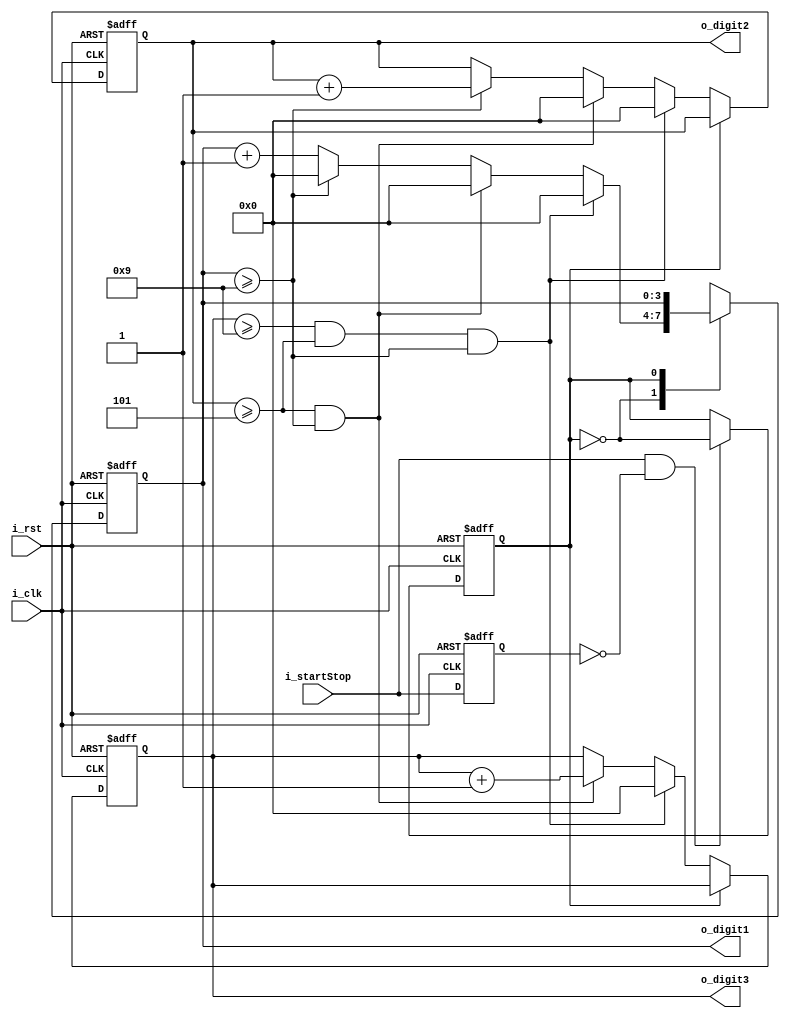
`timescale 1ns / 1ps

module timer(input i_clk,
				 input i_rst,
				 input i_startStop,
				 output [3:0] o_digit1,
				 output [3:0] o_digit2,
				 output [3:0] o_digit3);
	
	localparam START = 1'b0;
	localparam STOP  = 1'b1;

	reg r_startStopPrev;
	reg r_currentState;
	reg [3:0] r_counter1;
	reg [3:0] r_counter2;
	reg [3:0] r_counter3;

	assign o_digit1 = r_counter1;
	assign o_digit2 = r_counter2;
	assign o_digit3 = r_counter3;
	
	always @(posedge i_clk or negedge i_rst) 
	begin
		if(!i_rst)begin
			r_currentState	 <= 0;
			r_startStopPrev <= 1;
		end
		else begin
			r_startStopPrev <= i_startStop;
			if(i_startStop && !r_startStopPrev) r_currentState <=  ~r_currentState;
		end
	end
	
	always @(posedge i_clk or negedge i_rst)
	begin
		if(!i_rst)begin
			r_counter1 <= 4'b0000;
			r_counter2 <= 4'b0000;
			r_counter3 <= 4'b0000;
		end
		else begin
			case(r_currentState)
			START : begin
					  r_counter1 <= r_counter1 + 1;
						if(r_counter3 >= 4'b1001 && r_counter2 >= 4'b0101 && r_counter1 >= 4'b1001)begin
							r_counter1 <= 4'b0000;
							r_counter2 <= 4'b0000;
							r_counter3 <= 4'b0000;
						end	 
						
						else if(r_counter2 >= 4'b0101 && r_counter1 >= 4'b1001)begin
							r_counter1 <= 4'b0000;
							r_counter2 <= 4'b0000;
							r_counter3 <= r_counter3 + 1;
						end
							
						else if(r_counter1 >= 4'b1001)begin
							r_counter1 <= 4'b0000;
							r_counter2 <= r_counter2 + 1;
						end
						end
			STOP : begin
					 r_counter1 <= r_counter1;
					 r_counter2 <= r_counter2;
					 r_counter3 <= r_counter3;
					 end
			endcase
		end
    end
endmodule